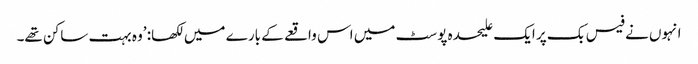
انہوں نے فیس بک پر ایک علیحدہ پوسٹ میں اس واقعے کے بارے میں لکھا: ’وہ بہت ساکن تھے۔